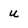
Character: u